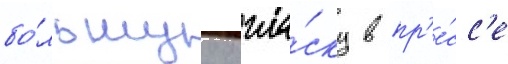
бо́льшуу огла́ску в пр'е́сс'е